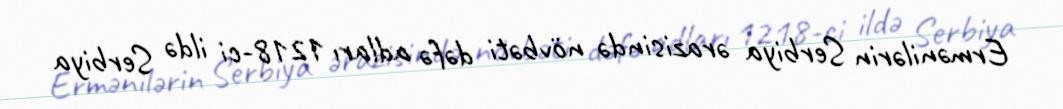
Ermənilərin Serbiya ərazisində növbəti dəfə adları 1218-ci ildə Serbiya